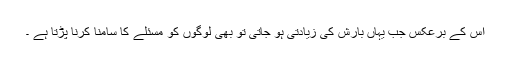
اس کے برعکس جب یہاں بارش کی زیادتی ہو جاتی تو بھی لوگوں کو مسئلے کا سامنا کرنا پڑتا ہے ۔